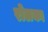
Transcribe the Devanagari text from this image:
रोलका